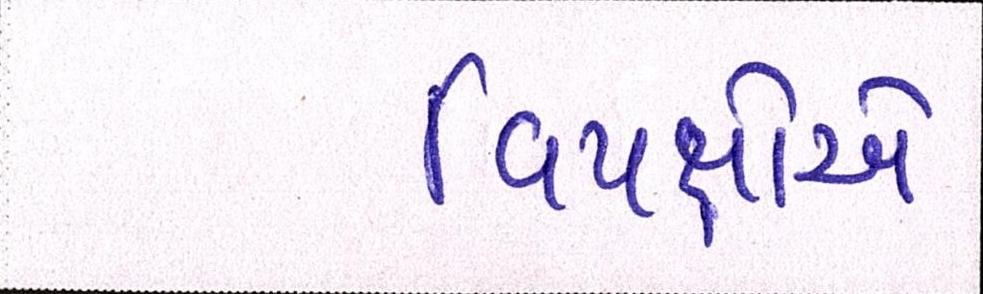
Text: વિપક્ષોએ